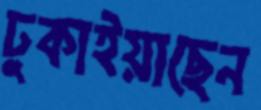
ঢুকাইয়াছেন